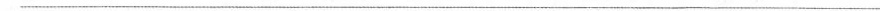
___